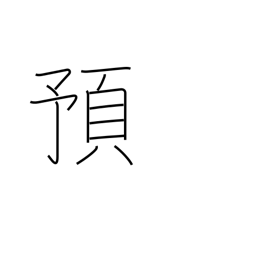
Meaning: entrust to